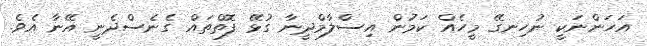
އަހަންނަކީ ނުހިނގޭ މީހެއް ކަމުން އިސްލާމްދީނާ ގުޅޭ ފޮތްތައް ގެނެސްދެނީ އޭނާ އެވެ.